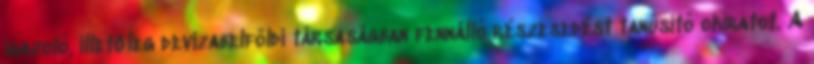
igazoló, illetőleg devizabelföldi társaságban fennálló részesedést tanúsító okiratot. A